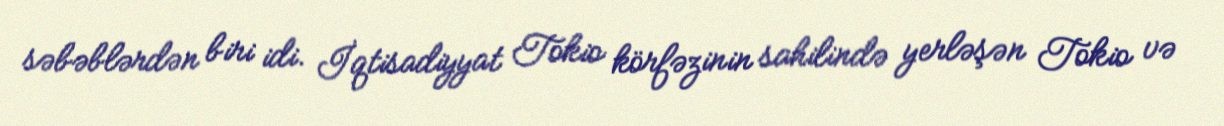
səbəblərdən biri idi. İqtisadiyyat Tokio körfəzinin sahilində yerləşən Tokio və